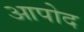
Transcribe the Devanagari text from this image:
आपोद